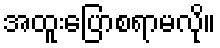
အထူးပြောစရာမလို။